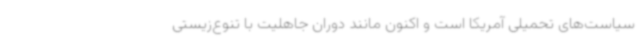
سیاست‌های تحمیلی آمریکا است و اکنون مانند دوران جاهلیت با تنوع‌زیستی